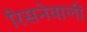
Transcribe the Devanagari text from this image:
रिसनेवाली